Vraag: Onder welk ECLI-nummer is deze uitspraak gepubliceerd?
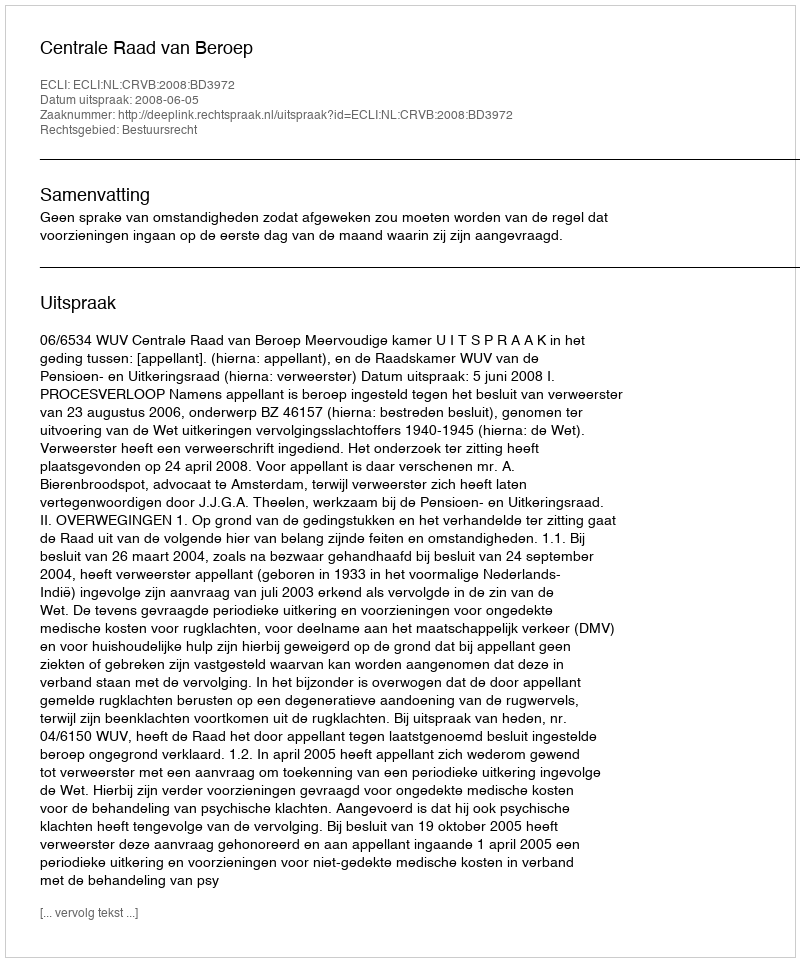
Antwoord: ECLI:NL:CRVB:2008:BD3972